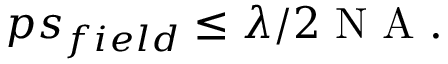
\begin{array} { r } { p s _ { f i e l d } \leq \lambda / 2 \mathrm { ~ N ~ A ~ } . } \end{array}